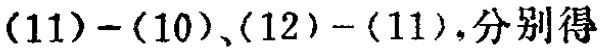
$(11)-(10),(12)-(11),分别得$